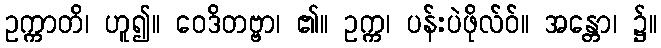
ဥက္ကာတိ၊ ဟူ၍။ ဝေဒိတဗ္ဗာ၊ ၏။ ဥက္က၊ ပန်းပဲဖိုလ်ဝ်။ အန္တော၊ ၌။